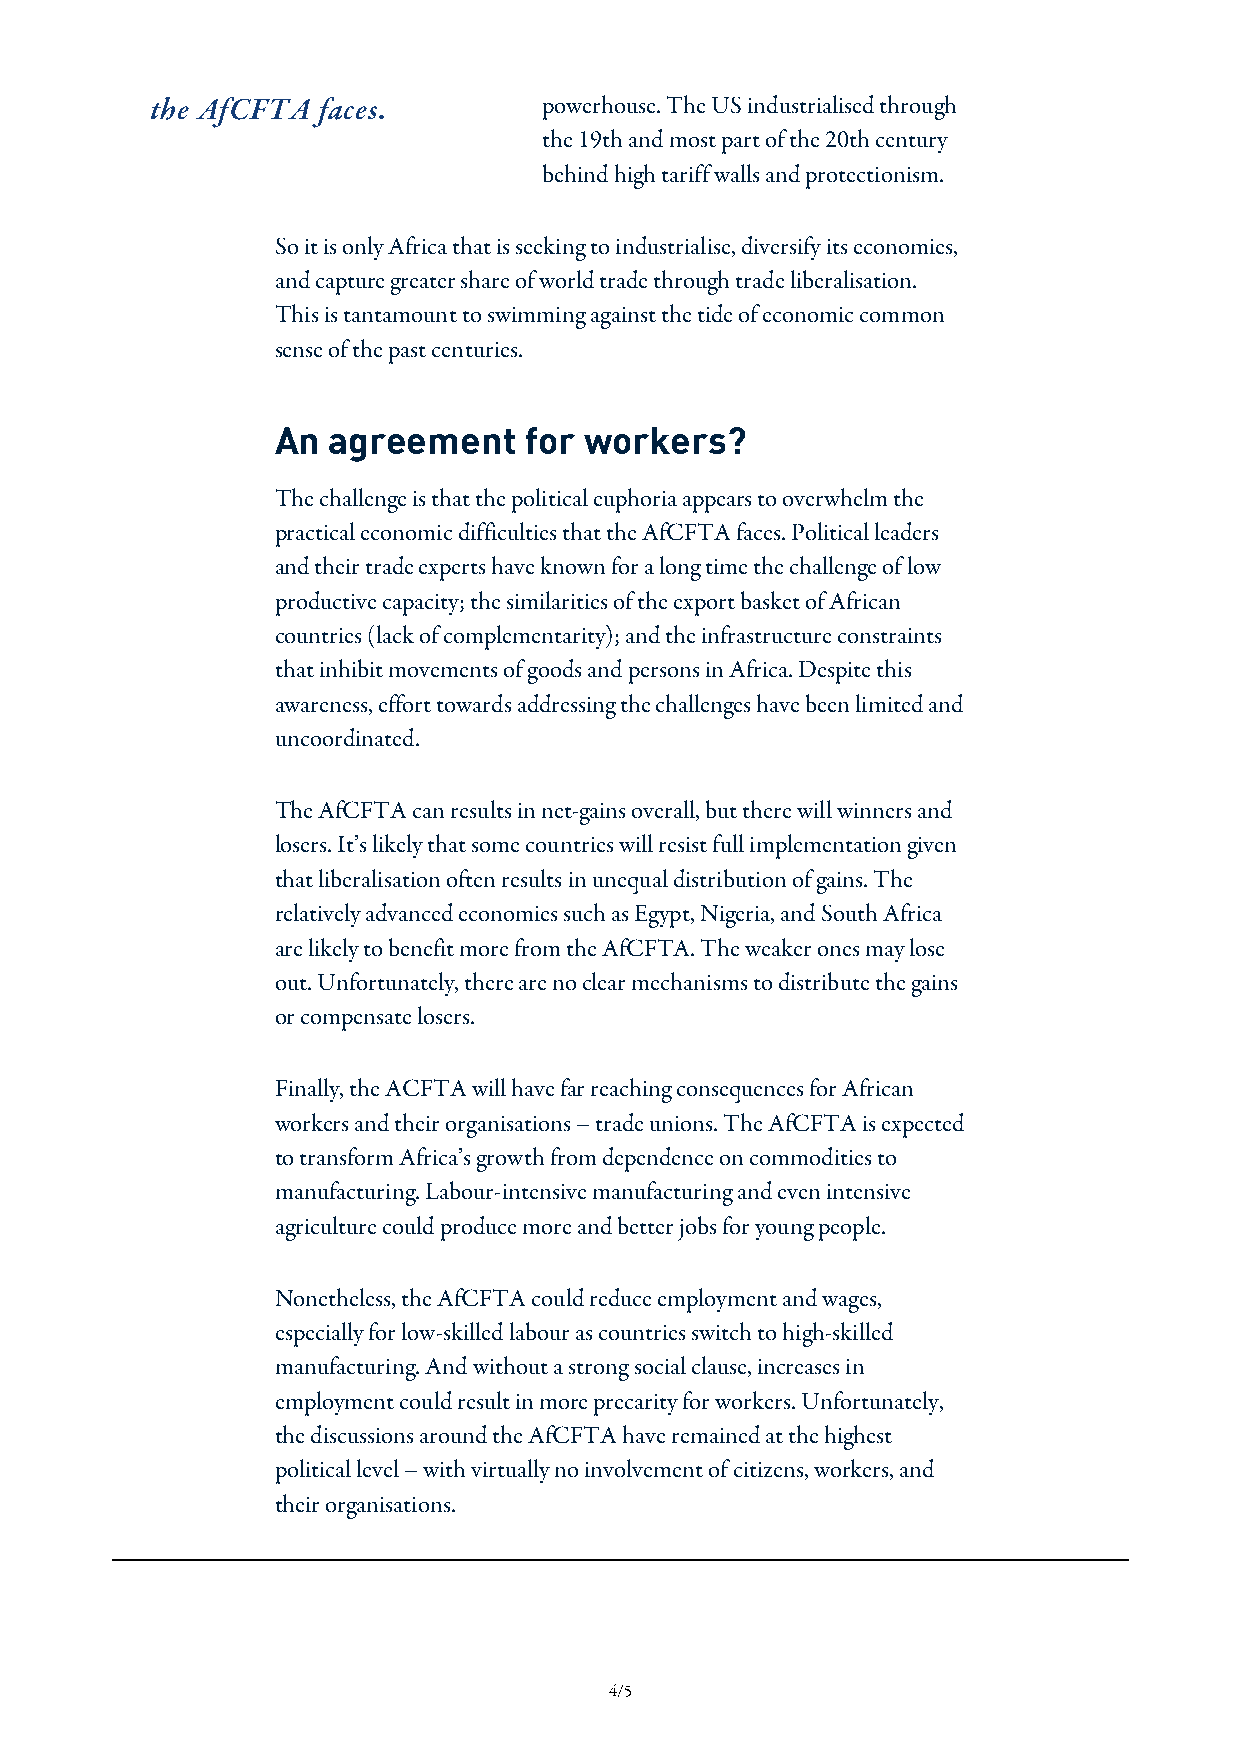
the AfCFTA faces.         powerhouse. The US industrialised through
 the 19th and most part of the 20th century
 behind high tariff walls and protectionism.
 So it is only Africa that is seeking to industrialise, diversify its economies,
 and capture greater share of world trade through trade liberalisation.
 This is tantamount to swimming against the tide of economic common
 sense of the past centuries.
 An  agreement    for workers?
 The challenge is that the political euphoria appears to overwhelm the
 practical economic difficulties that the AfCFTA faces. Political leaders
 and their trade experts have known for a long time the challenge of low
 productive capacity; the similarities of the export basket of African
 countries (lack of complementarity); and the infrastructure constraints
 that inhibit movements of goods and persons in Africa. Despite this
 awareness, effort towards addressing the challenges have been limited and
 uncoordinated.
 The AfCFTA can results in net-gains overall, but there will winners and
 losers. It’s likely that some countries will resist full implementation given
 that liberalisation often results in unequal distribution of gains. The
 relatively advanced economies such as Egypt, Nigeria, and South Africa
 are likely to benefit more from the AfCFTA. The weaker ones may lose
 out. Unfortunately, there are no clear mechanisms to distribute the gains
 or compensate losers.
 Finally, the ACFTA will have far reaching consequences for African
 workers and their organisations – trade unions. The AfCFTA is expected
 to transform Africa’s growth from dependence on commodities to
 manufacturing. Labour-intensive manufacturing and even intensive
 agriculture could produce more and better jobs for young people.
 Nonetheless, the AfCFTA could reduce employment and wages,
 especially for low-skilled labour as countries switch to high-skilled
 manufacturing. And without a strong social clause, increases in
 employment could result in more precarity for workers. Unfortunately,
 the discussions around the AfCFTA have remained at the highest
 political level – with virtually no involvement of citizens, workers, and
 their organisations.
 4/5